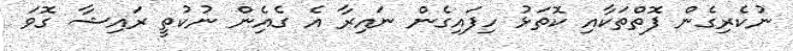
ނުކެރިގެން ފޮތްތަކާއި ކޮތަޅު ހިފައިގެން ނައިރާ އެ ގެއެިން ނުކުތީ ރައިޝާ ގޮވަ